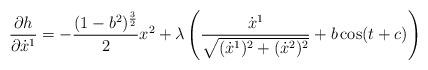
LaTeX: \begin{align*}\frac{\partial h}{\partial \dot{x}^{1}}=-\frac{(1-b^2)^{\frac{3}{2}}}{2}x^{2}+\lambda\left( \frac{\dot{x}^{1}}{\sqrt{(\dot{x}^{1})^{2}+(\dot{x}^{2})^{2}}}+b\cos (t+c)\right) \end{align*}